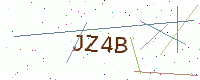
Text: JZ4B